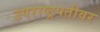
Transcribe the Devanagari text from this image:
उपराष्ट्रपतीवर